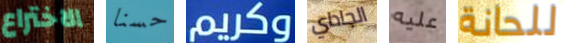
الاختراع حسنا وكريم الجاداي عليه للحانة